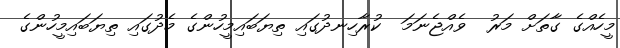
މީހެއްގެ ގާތަށް މަރު  ވެއްޖެނަމަ  ކުރާހިނދުގައި ތިޔަބައިމީހުންގެ މެދުގައި ތިޔަބައިމީހުންގެ